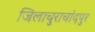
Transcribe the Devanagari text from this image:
जिलाचुराचांदपुर